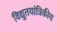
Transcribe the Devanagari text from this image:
विद्युतयांत्रिकीय